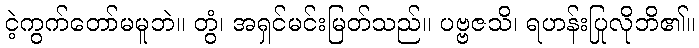
ငဲ့ကွက်တော်မမူဘဲ။ တွံ၊ အရှင်မင်းမြတ်သည်။ ပဗ္ဗဇသိ၊ ရဟန်းပြုလိုဘိ၏။